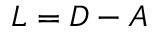
L = D - A